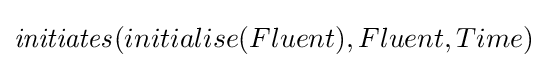
{\mathit {initiates}}(initialise(Fluent),Fluent,Time)